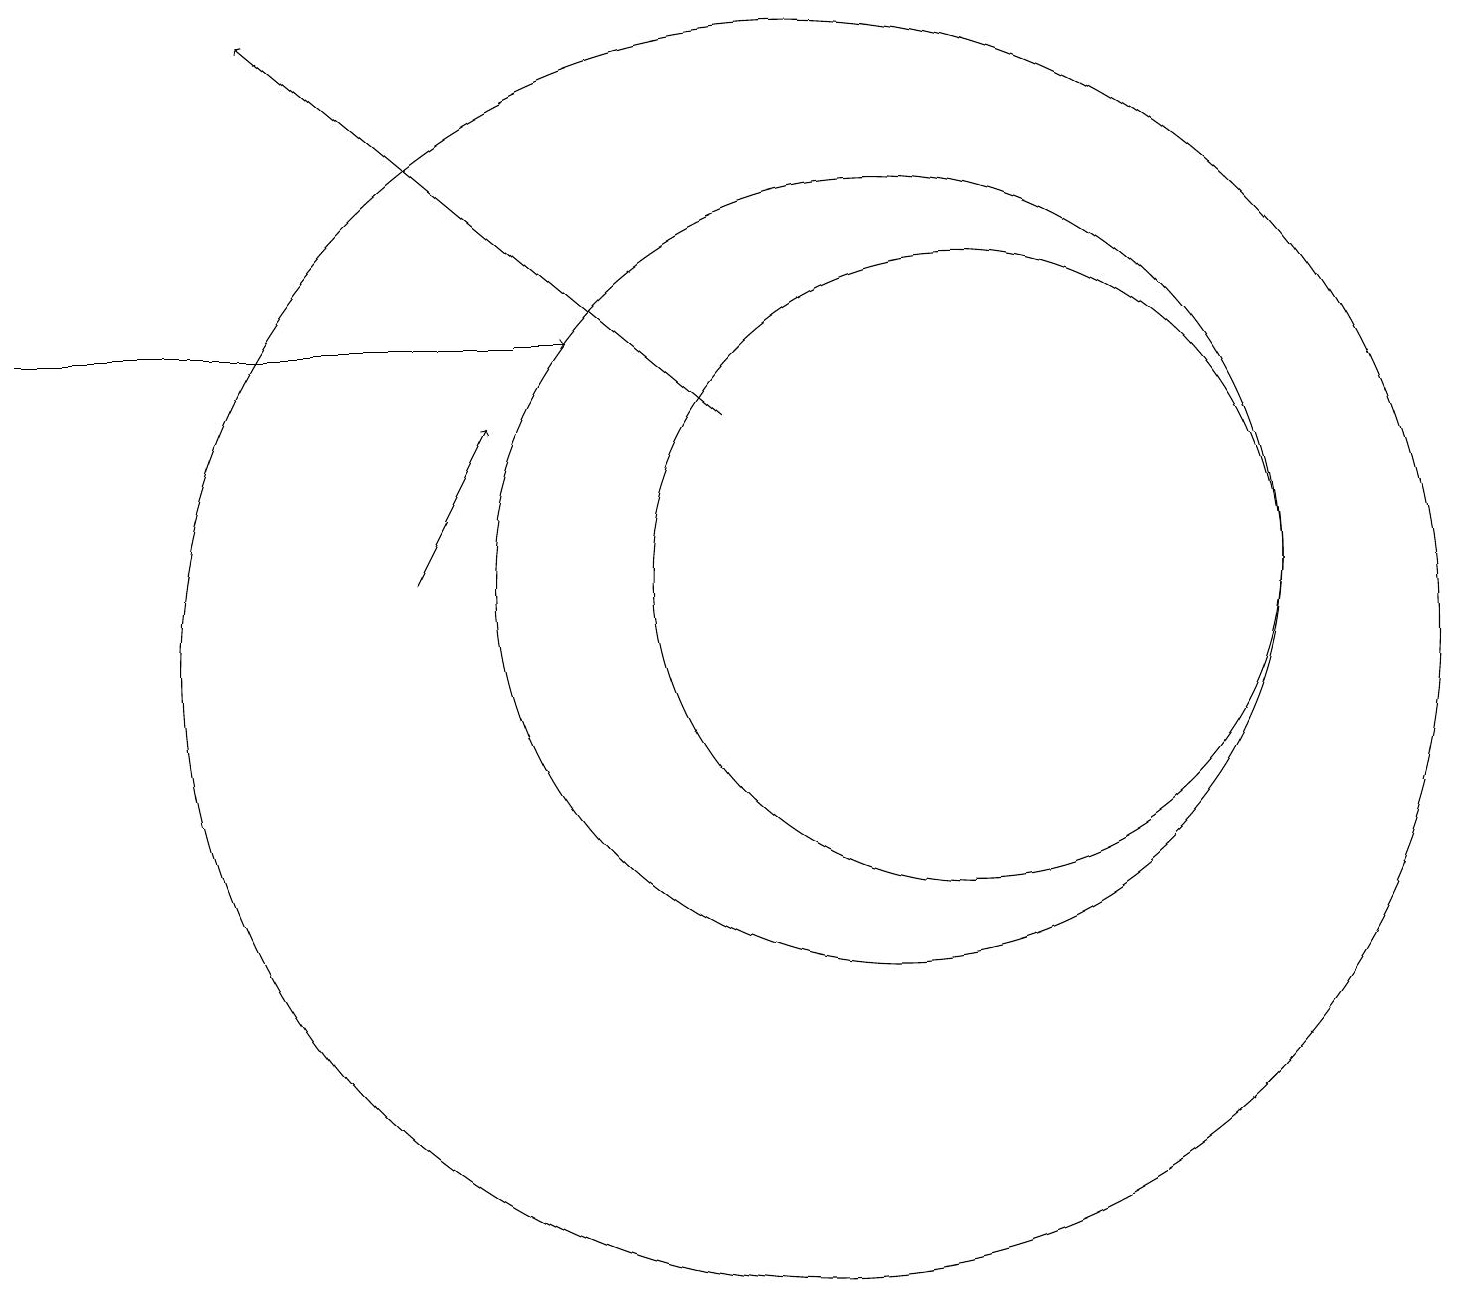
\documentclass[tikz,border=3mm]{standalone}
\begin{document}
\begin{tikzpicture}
\draw[->] (0,15) -- (7,15);
\draw (12,12) circle (4);
\draw (10,11) circle (8);
\draw[->] (5,12) -- (6,14);
\draw[->] (9,14) -- (3,19);
\draw (11,10) circle (0);
\draw (11,12) circle (5);
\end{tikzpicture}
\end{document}